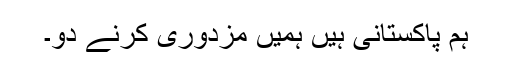
ہم پاکستانی ہیں ہمیں مزدوری کرنے دو۔